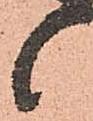
候